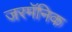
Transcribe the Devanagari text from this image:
जरमॅनिक